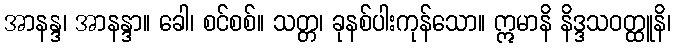
အာနန္ဒ၊ အာနန္ဒာ။ ခေါ၊ စင်စစ်။ သတ္တ၊ ခုနစ်ပါးကုန်သော။ ဣမာနိ နိဒ္ဒသဝတ္ထူနိ၊